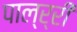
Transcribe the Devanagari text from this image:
पाल्र्री